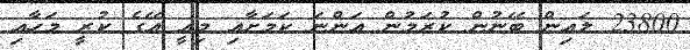
23800 ލައިން ބޭނުން ކުރަމުން އަންނަ ކަމަށާއި މިއީ އޭގެ ކުރީ މަހާއި